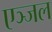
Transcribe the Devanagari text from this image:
एञ्जल